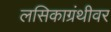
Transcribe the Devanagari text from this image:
लसिकाग्रंथीवर